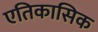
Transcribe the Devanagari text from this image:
एतिकासिक